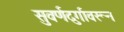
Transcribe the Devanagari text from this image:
सुवर्णदुर्गावरून